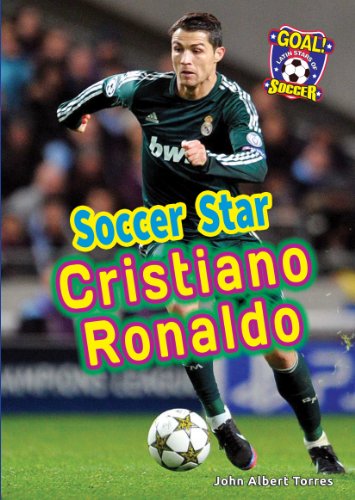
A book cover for Soccer Star Cristiano Ronaldo (Goal! Latin Stars of Soccer); John Albert Torres; Children's Books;